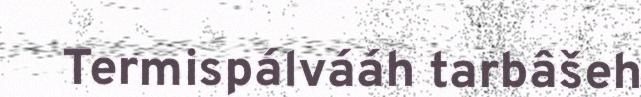
Termispálvááh tarbâšeh